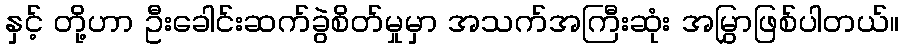
နှင့် တို့ဟာ ဦးခေါင်းဆက်ခွဲစိတ်မှုမှာ အသက်အကြီးဆုံး အမြွှာဖြစ်ပါတယ်။